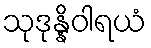
သုဒုန္နိဝါရယံ